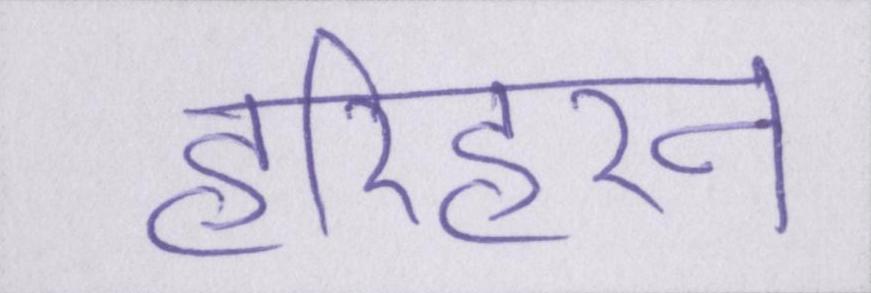
हरिहरन